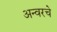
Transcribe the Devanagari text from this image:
अन्वरचे